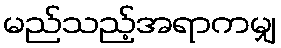
မည်သည့်အရာကမျှ